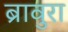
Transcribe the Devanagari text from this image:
ब्रावुरा